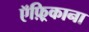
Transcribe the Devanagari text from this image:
ऍफ़्रिकाना